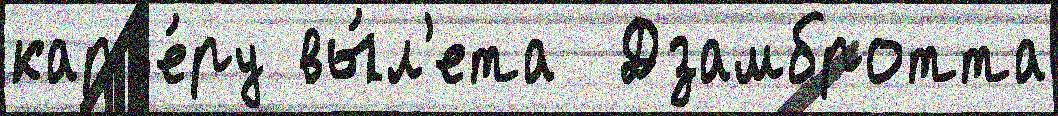
карье́ру вы́л'ета  Дзамбротта